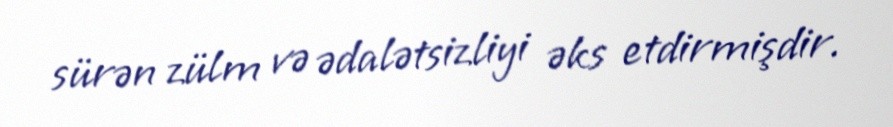
sürən zülm və ədalətsizliyi əks etdirmişdir.